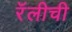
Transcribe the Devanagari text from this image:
रॅलीची